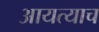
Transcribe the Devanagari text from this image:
आयत्याच